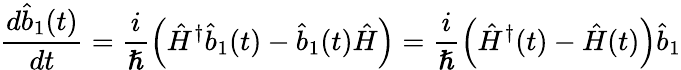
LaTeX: \frac{d\hat{b}_{1}(t)}{dt}=\frac{i}{\hslash}\left(\hat{H}^{\dagger}\hat{b}_{1}(t)-\hat{b}_{1}(t)\hat{H}\right)=\frac{i}{\hslash}\left(\hat{H}^{\dagger}(t)-\hat{H}(t)\right)\hat{b}_{1}